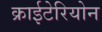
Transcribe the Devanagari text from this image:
क्राईटेरियोन